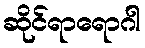
ဆိုင်ရာရောဂါ